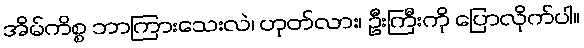
အိမ်ကိစ္စ ဘာကြားသေးလဲ၊ ဟုတ်လား၊ ဦးကြီးကို ပြောလိုက်ပါ။